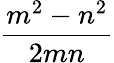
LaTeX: \frac{m^{2}-n^{2}}{2mn}